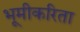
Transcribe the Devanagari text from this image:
भूमीकरिता